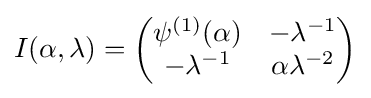
I(\alpha ,\lambda )={\begin{pmatrix}\psi ^{(1)}(\alpha )&-\lambda ^{-1}\\-\lambda ^{-1}&\alpha \lambda ^{-2}\end{pmatrix}}